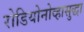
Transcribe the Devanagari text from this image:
रोडियोनोव्हासुद्धा